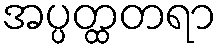
အပ္ပတ္ထတရာ